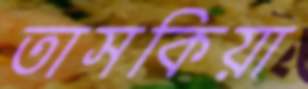
তাসকিয়া